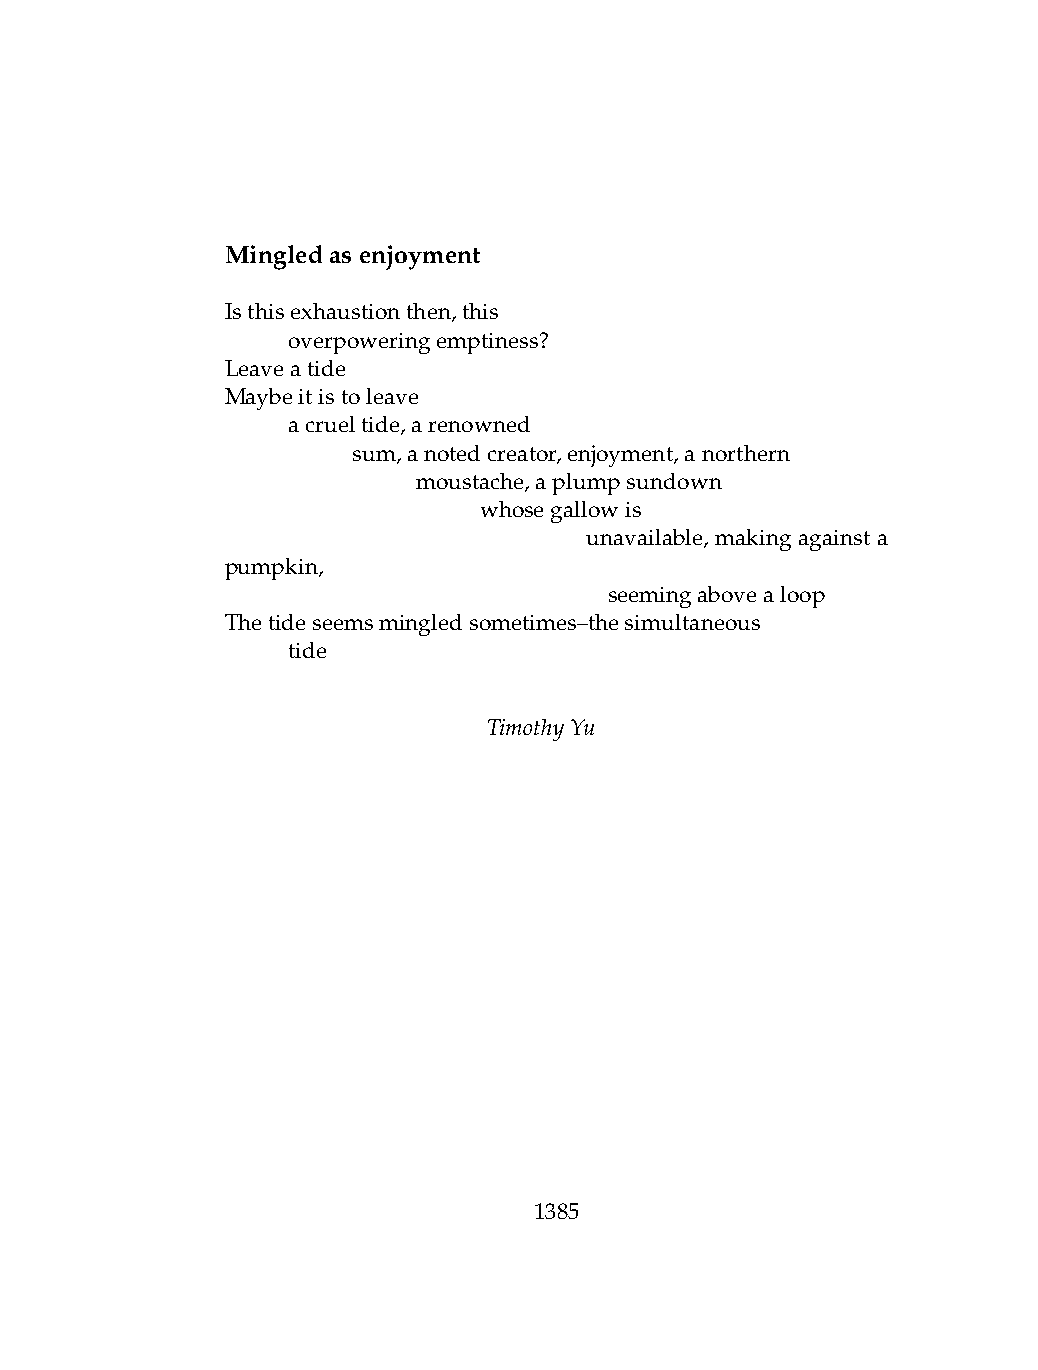
Mingledasenjoyment
 Isthisexhaustionthen,this
 .   overpoweringemptiness?
 Leaveatide
 Maybeitistoleave
 .   acrueltide,arenowned
 .   .   sum,anotedcreator,enjoyment,anorthern
 .   .   .    moustache,aplumpsundown
 .   .   .    .   whosegallowis
 .    .   .    .    .    unavailable, making against a
 pumpkin,
 .   .   .    .   .   .   seemingabovealoop
 Thetideseemsmingledsometimes–thesimultaneous
 .   tide
 TimothyYu
 1385